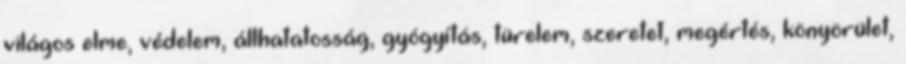
világos elme, védelem, állhatatosság, gyógyítás, türelem, szeretet, megértés, könyörület,